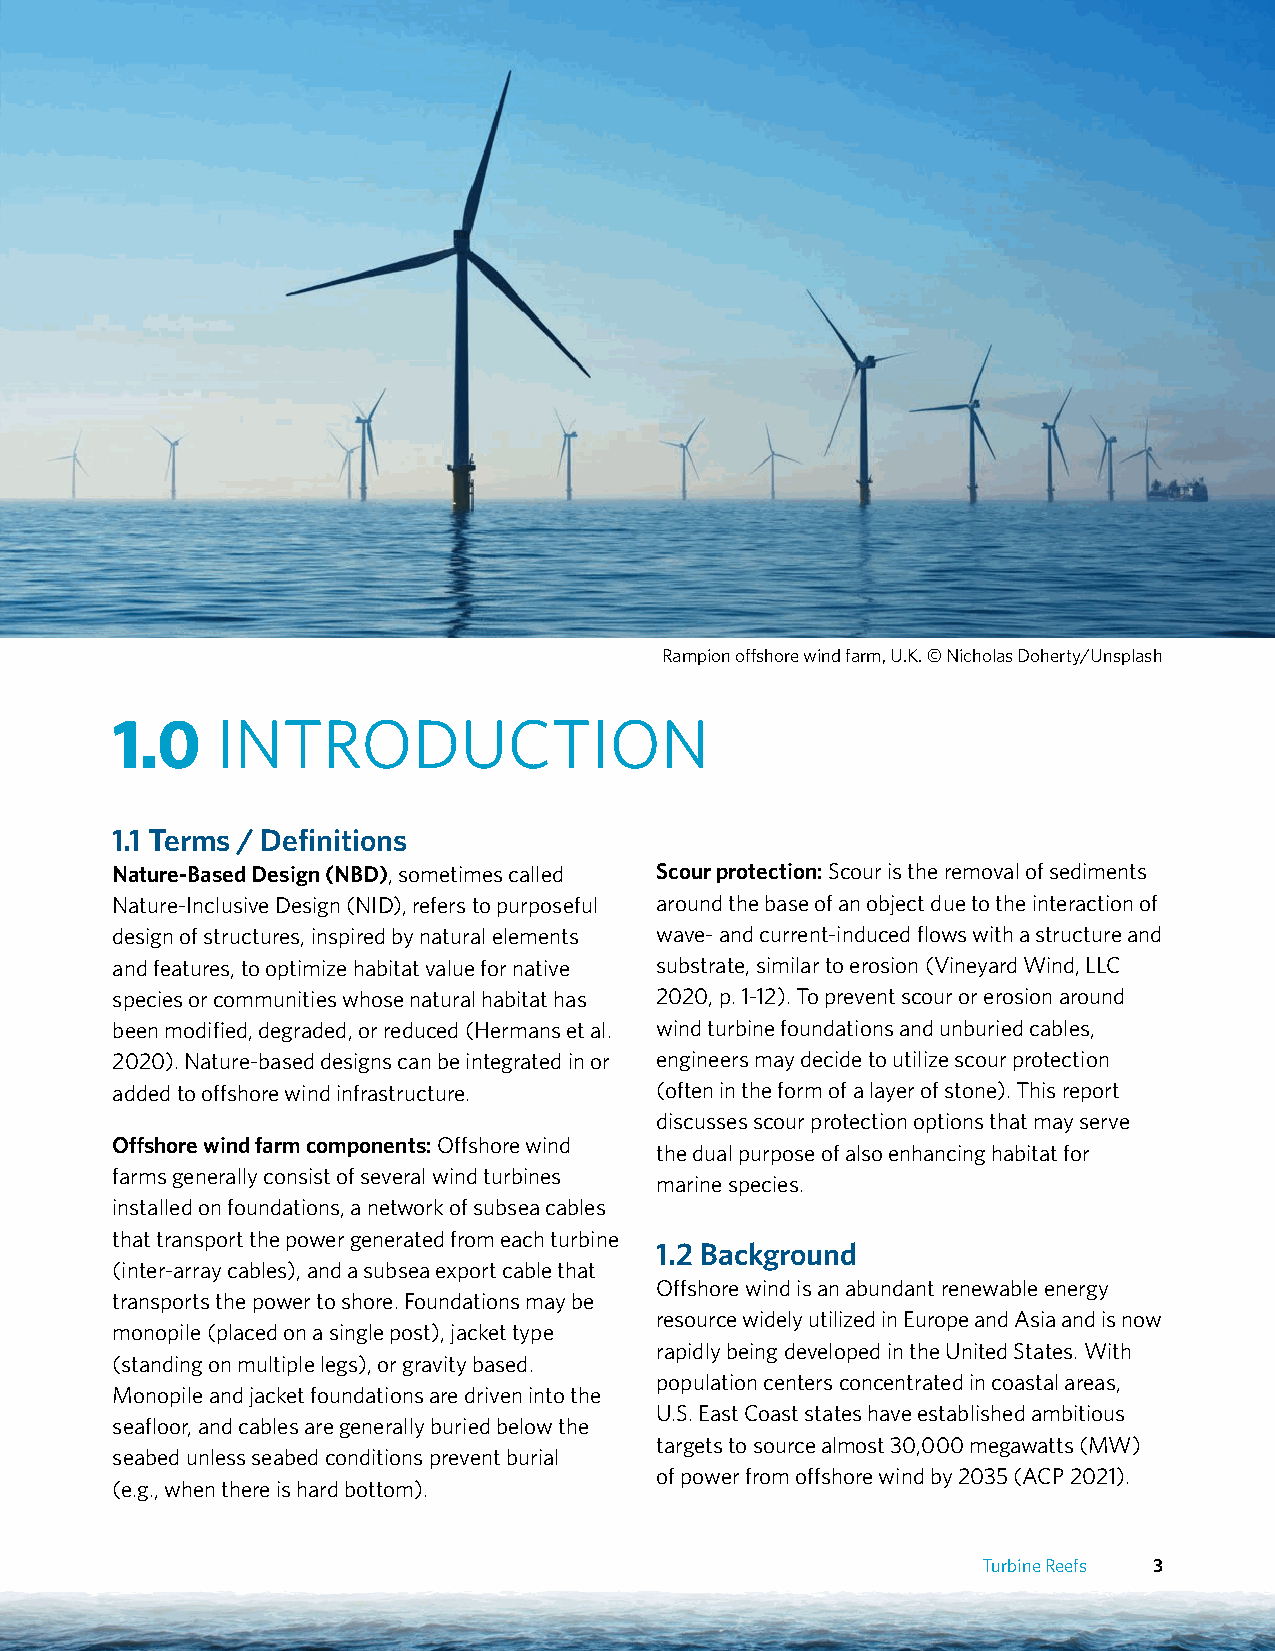
Rampion offshore wind farm, U.K. © Nicholas Doherty/Unsplash
 1.0    INTRODUCTION
 1.1 Terms / Definitions
 Nature-Based Design (NBD), sometimes called Scour protection: Scour is the removal of sediments
 Nature-Inclusive Design (NID), refers to purposeful around the base of an object due to the interaction of
 design of structures, inspired by natural elements wave- and current-induced flows with a structure and
 and features, to optimize habitat value for native substrate, similar to erosion (Vineyard Wind, LLC
 species or communities whose natural habitat has 2020, p. 1-12). To prevent scour or erosion around
 been modified, degraded, or reduced (Hermans et al. wind turbine foundations and unburied cables,
 2020). Nature-based designs can be integrated in or engineers may decide to utilize scour protection
 added to offshore wind infrastructure. (often in the form of a layer of stone). This report
 discusses scour protection options that may serve
 Offshore wind farm components: Offshore wind
 the dual purpose of also enhancing habitat for
 farms generally consist of several wind turbines
 marine species.
 installed on foundations, a network of subsea cables
 that transport the power generated from each turbine
 1.2 Background
 (inter-array cables), and a subsea export cable that
 Offshore wind is an abundant renewable energy
 transports the power to shore. Foundations may be
 resource widely utilized in Europe and Asia and is now
 monopile (placed on a single post), jacket type
 rapidly being developed in the United States. With
 (standing on multiple legs), or gravity based.
 population centers concentrated in coastal areas,
 Monopile and jacket foundations are driven into the
 U.S. East Coast states have established ambitious
 seafloor, and cables are generally buried below the
 targets to source almost 30,000 megawatts (MW)
 seabed unless seabed conditions prevent burial
 of power from offshore wind by 2035 (ACP 2021).
 (e.g., when there is hard bottom).
 Turbine Reefs 3